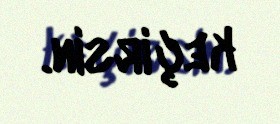
keçirsin.